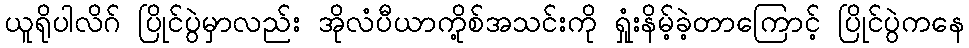
ယူရိုပါလိဂ် ပြိုင်ပွဲမှာလည်း အိုလံပီယာကို့စ်အသင်းကို ရှုံးနိမ့်ခဲ့တာကြောင့် ပြိုင်ပွဲကနေ